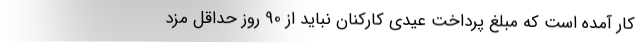
کار آمده است که مبلغ پرداخت عیدی کارکنان نباید از 90 روز حداقل مزد